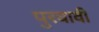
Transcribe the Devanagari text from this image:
पुरवावी